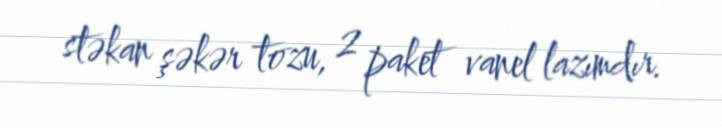
stəkan şəkər tozu, 2 paket vanel lazımdır.